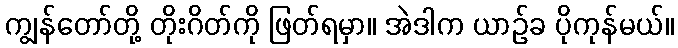
ကျွန်တော်တို့ တိုးဂိတ်ကို ဖြတ်ရမှာ။ အဲဒါက ယာဉ်ခ ပိုကုန်မယ်။